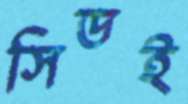
সিডই